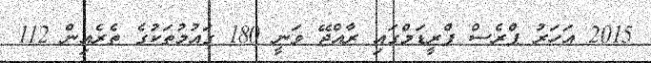
2015 އަހަރު ޕްރެސް ފްރީޑަމްގައި ރާއްޖޭ ވަނީ 180 ގައުމުތަކުގެ ތެރެއިން 112